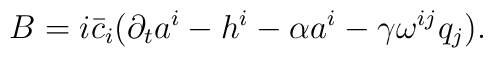
B = i\bar c_{i}(\partial_{t}a^{i} - h^{i}              - \alpha a^{i} - \gamma \omega^{ij}q_{j}).